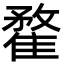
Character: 䨁